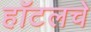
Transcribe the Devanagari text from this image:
हॉटलचे